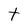
Character: t